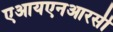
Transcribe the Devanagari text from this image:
एआयएनआरसी